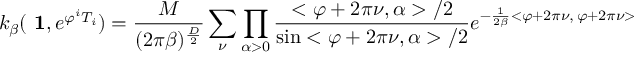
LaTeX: k _ { \beta } ( \mathrm { \bf ~ 1 } , e ^ { \varphi ^ { i } T _ { i } } ) = \frac { M } { ( 2 \pi \beta ) ^ { \frac { D } { 2 } } } \sum _ { \nu } \prod _ { \alpha > 0 } \frac { < \varphi + 2 \pi \nu , \alpha > / 2 } { \sin < \varphi + 2 \pi \nu , \alpha > / 2 } e ^ { - \frac { 1 } { 2 \beta } < \varphi + 2 \pi \nu , \, \varphi + 2 \pi \nu > }